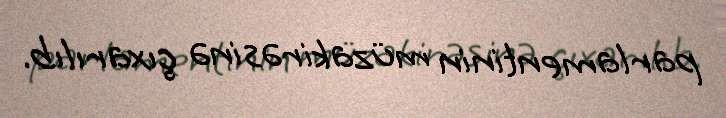
parlamentinin müzakirəsinə çıxarılıb.